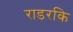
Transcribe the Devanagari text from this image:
राडरकि